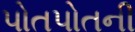
પોતપોતની